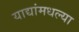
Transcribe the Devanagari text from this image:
याद्यांमधल्या